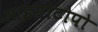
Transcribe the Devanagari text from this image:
आइसोटोपो